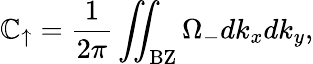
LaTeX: \mathbb{C}_{\uparrow}=\frac{{1}}{{2\pi}}\iint_{\mathrm{{BZ}}}\Omega_{-}dk_{x}dk_{y},